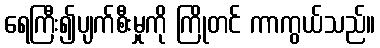
ရေကြီး၍ပျက်စီးမှုကို ကြိုတင် ကာကွယ်သည်။